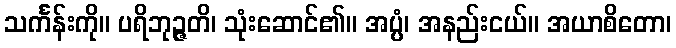
သင်္ကန်းကို။ ပရိဘုဉ္ဇတိ၊ သုံးဆောင်၏။ အပ္ပံ၊ အနည်းငယ်။ အယာစိတော၊